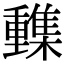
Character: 𨤹